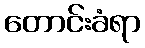
တောင်းခံရာ